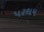
પરથમ